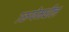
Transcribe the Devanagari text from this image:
उरुग्वेमधील